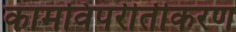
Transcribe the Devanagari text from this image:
कामविपरीतीकरण